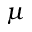
\mu